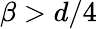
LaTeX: \beta>d/4